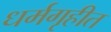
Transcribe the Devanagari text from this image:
धर्मगृहीत